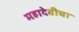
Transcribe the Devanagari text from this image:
महादेवीचा